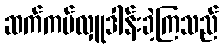
ဆက်ကပ်လှူဒါန်းခဲ့ကြသည်